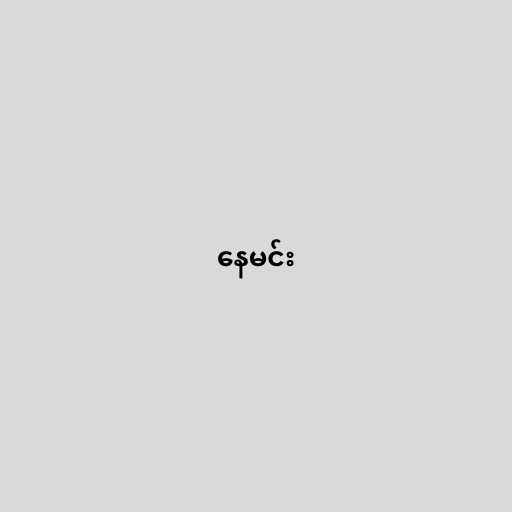
နေမင်း